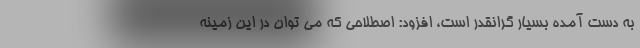
به دست آمده بسیار گرانقدر است، افزود: اصطلاحی که می توان در این زمینه